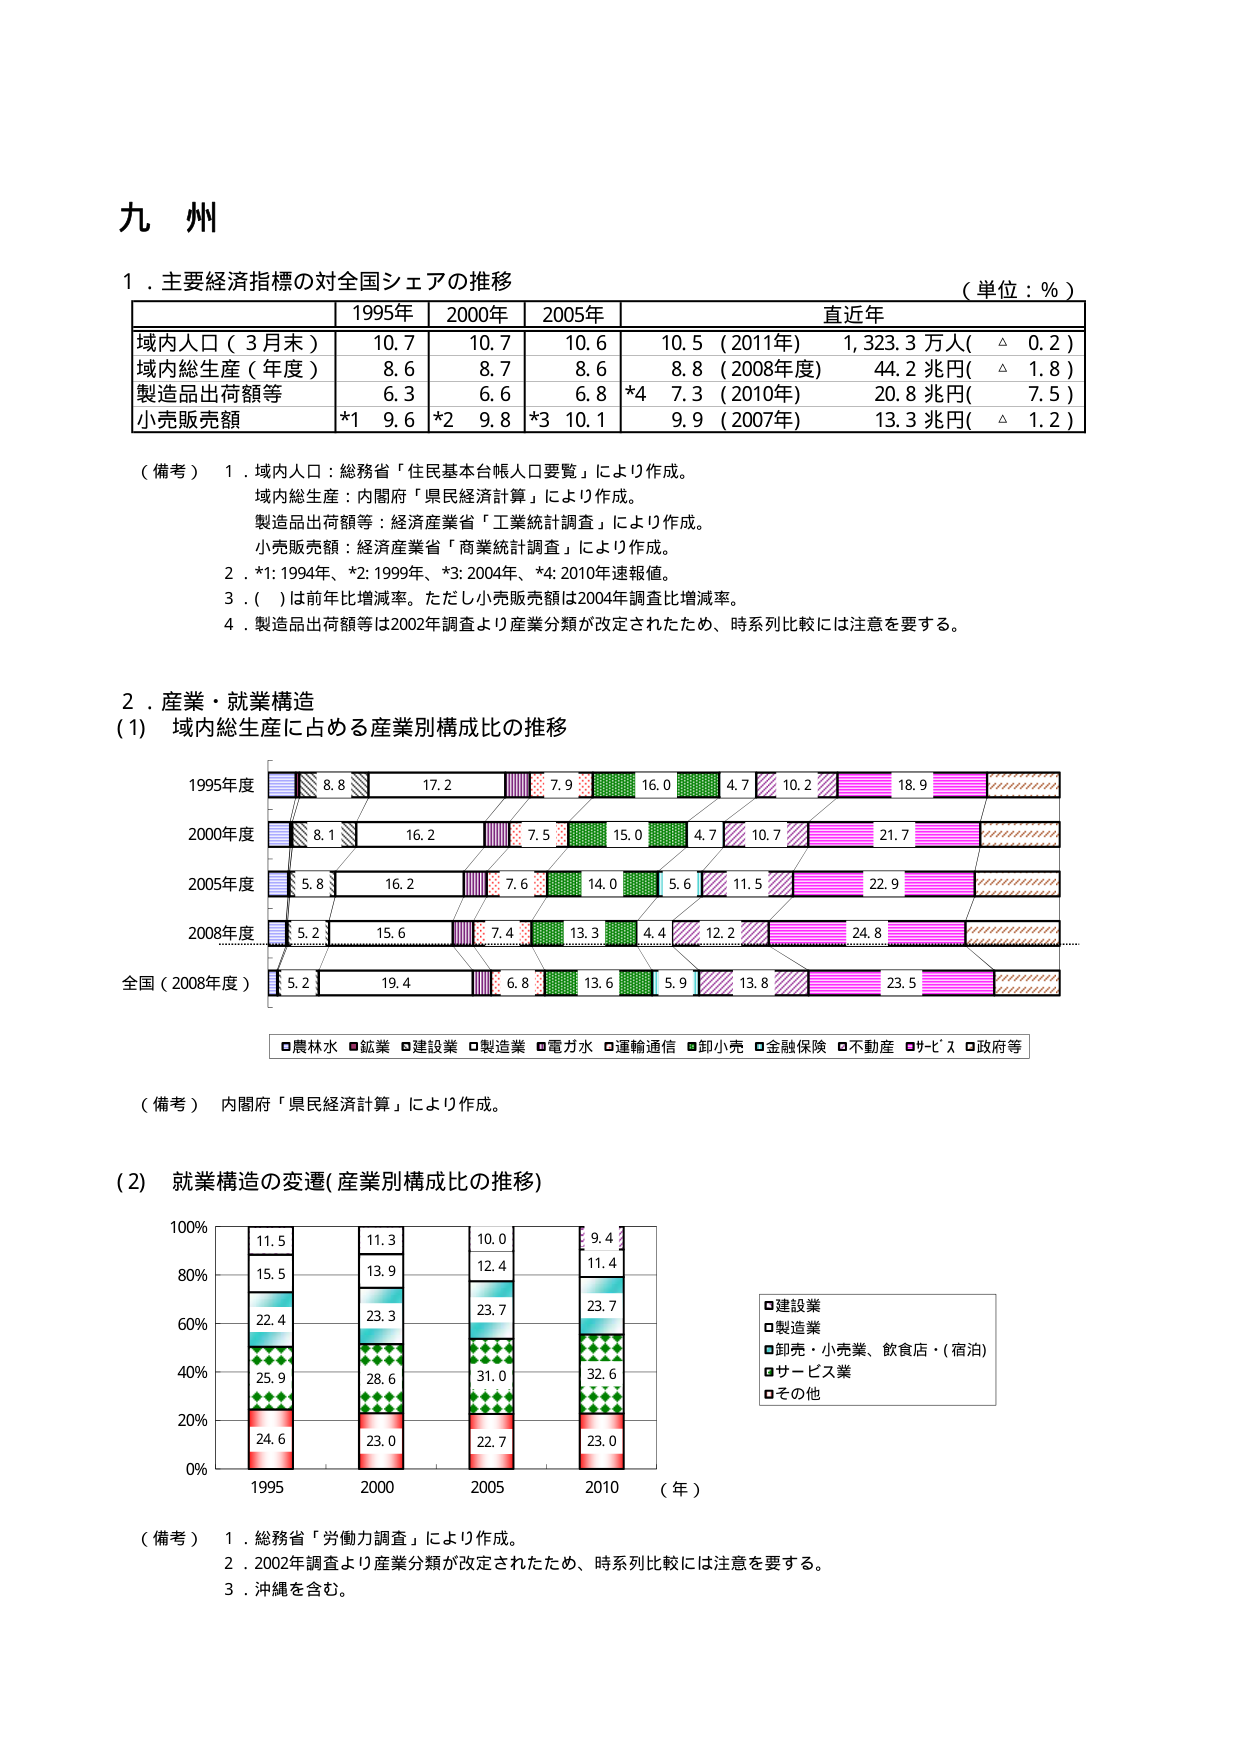
九州

１．主要経済指標の対全国シェアの推移
（単位：％）

| | 1995年 | 2000年 | 2005年 | 直近年 |
|---|---|---|---|---|
| 域内人口（3月末） | 10.7 | 10.7 | 10.6 | 10.5（2011年）1,323.3万人（△ 0.2） |
| 域内総生産（年度） | 8.6 | 8.7 | 8.6 | 8.8（2008年度）44.2兆円（△ 1.8） |
| 製造品出荷額等 | 6.3 | 6.6 | 6.8 | *4 7.3（2010年）20.8兆円（ 7.5） |
| 小売販売額 | *1 9.6 | *2 9.8 | *3 10.1 | 9.9（2007年）13.3兆円（△ 1.2） |

（備考） 1．域内人口：総務省「住民基本台帳人口要覧」により作成。
域内総生産：内閣府「県民経済計算」により作成。
製造品出荷額等：経済産業省「工業統計調査」により作成。
小売販売額：経済産業省「商業統計調査」により作成。
2．*1: 1994年、*2: 1999年、*3: 2004年、*4: 2010年速報値。
3．（ ）は前年比増減率。ただし小売販売額は2004年調査比増減率。
4．製造品出荷額等は2002年調査より産業分類が改定されたため、時系列比較には注意を要する。

２．産業・就業構造
（1） 域内総生産に占める産業別構成比の推移

1995年度
8.8 17.2 7.9 16.0 4.7 10.2 18.9

2000年度
8.1 16.2 7.5 15.0 4.7 10.7 21.7

2005年度
5.8 16.2 7.6 14.0 5.6 11.5 22.9

2008年度
5.2 15.6 7.4 13.3 4.4 12.2 24.8

全国（2008年度）
5.2 19.4 6.8 13.6 5.9 13.8 23.5

□農林水 □鉱業 □建設業 □製造業 □電力水 □運輸通信 □卸小売 □金融保険 □不動産 □サービス □政府等

（備考） 内閣府「県民経済計算」により作成。

（2） 就業構造の変遷（産業別構成比の推移）

100%
80%
60%
40%
20%
0%

1995 2000 2005 2010 （年）

11.5
15.5
22.4
25.9
24.6

11.3
13.9
23.3
28.6
23.0

10.0
12.4
23.7
31.0
22.7

9.4
11.4
23.7
32.6
23.0

□建設業
□製造業
■卸売・小売業、飲食店・（宿泊）
■サービス業
□その他

（備考） 1．総務省「労働力調査」により作成。
2．2002年調査より産業分類が改定されたため、時系列比較には注意を要する。
3．沖縄を含む。